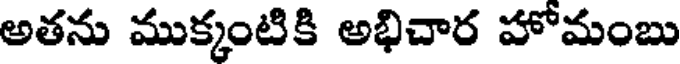
అతను ముక్కంటికి అభిచార హోమంబు